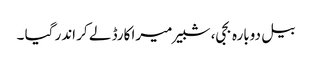
بیل دوبارہ بجی، شبیر میرا کارڈ لے کر اندر گیا ۔